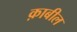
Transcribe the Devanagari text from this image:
क़ाबील